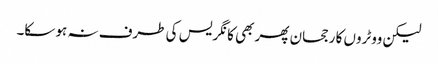
لیکن ووٹروں کا رجحان پھر بھی کانگریس کی طرف نہ ہو سکا۔